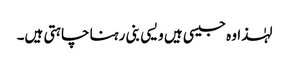
لہٰذا وہ جیسی ہیں ویسی بنی رہنا چاہتی ہیں۔